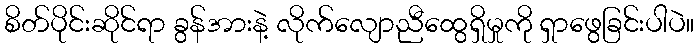
စိတ်ပိုင်းဆိုင်ရာ ခွန်အားနဲ့ လိုက်လျောညီထွေရှိမှုကို ရှာဖွေခြင်းပါပဲ။